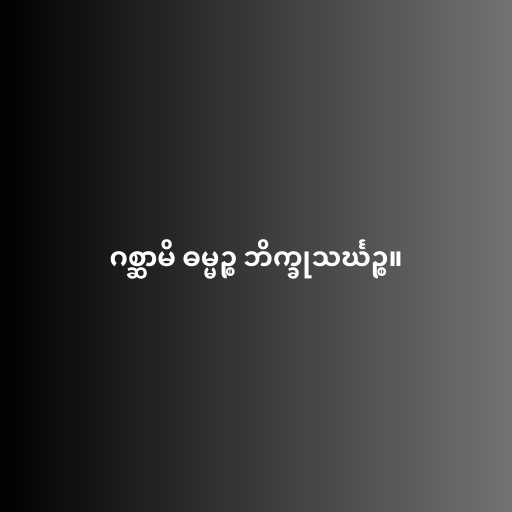
ဂစ္ဆာမိ ဓမ္မဉ္စ ဘိက္ခုသင်္ဃဉ္စ။